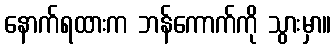
နောက်ရထားက ဘန်ကောက်ကို သွားမှာ။